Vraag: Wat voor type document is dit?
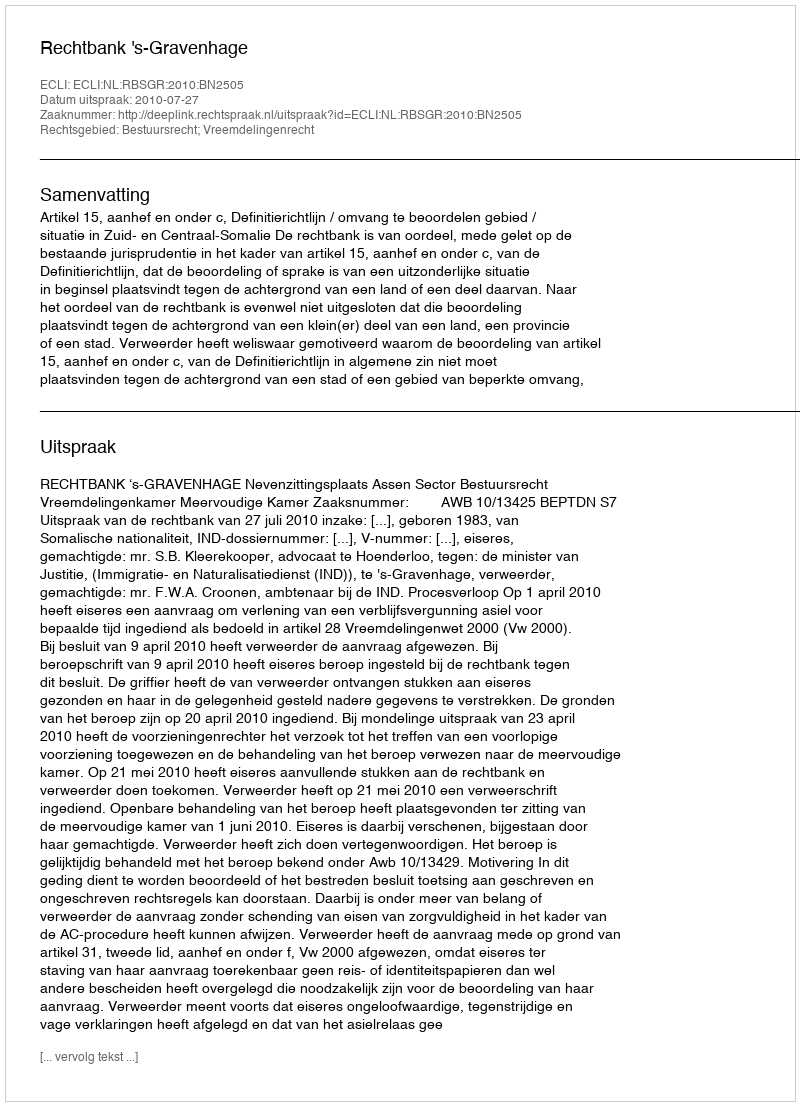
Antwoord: Uitspraak